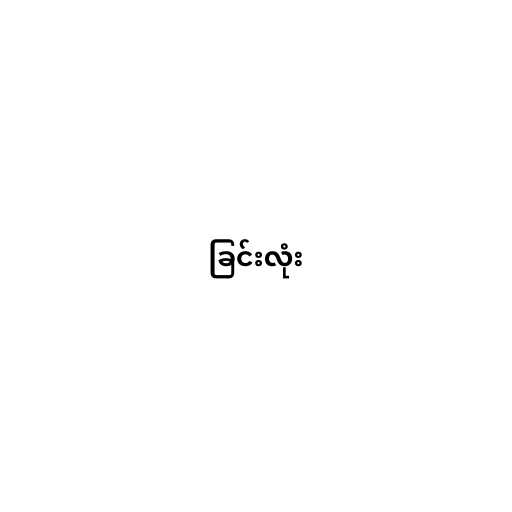
ခြင်းလုံး